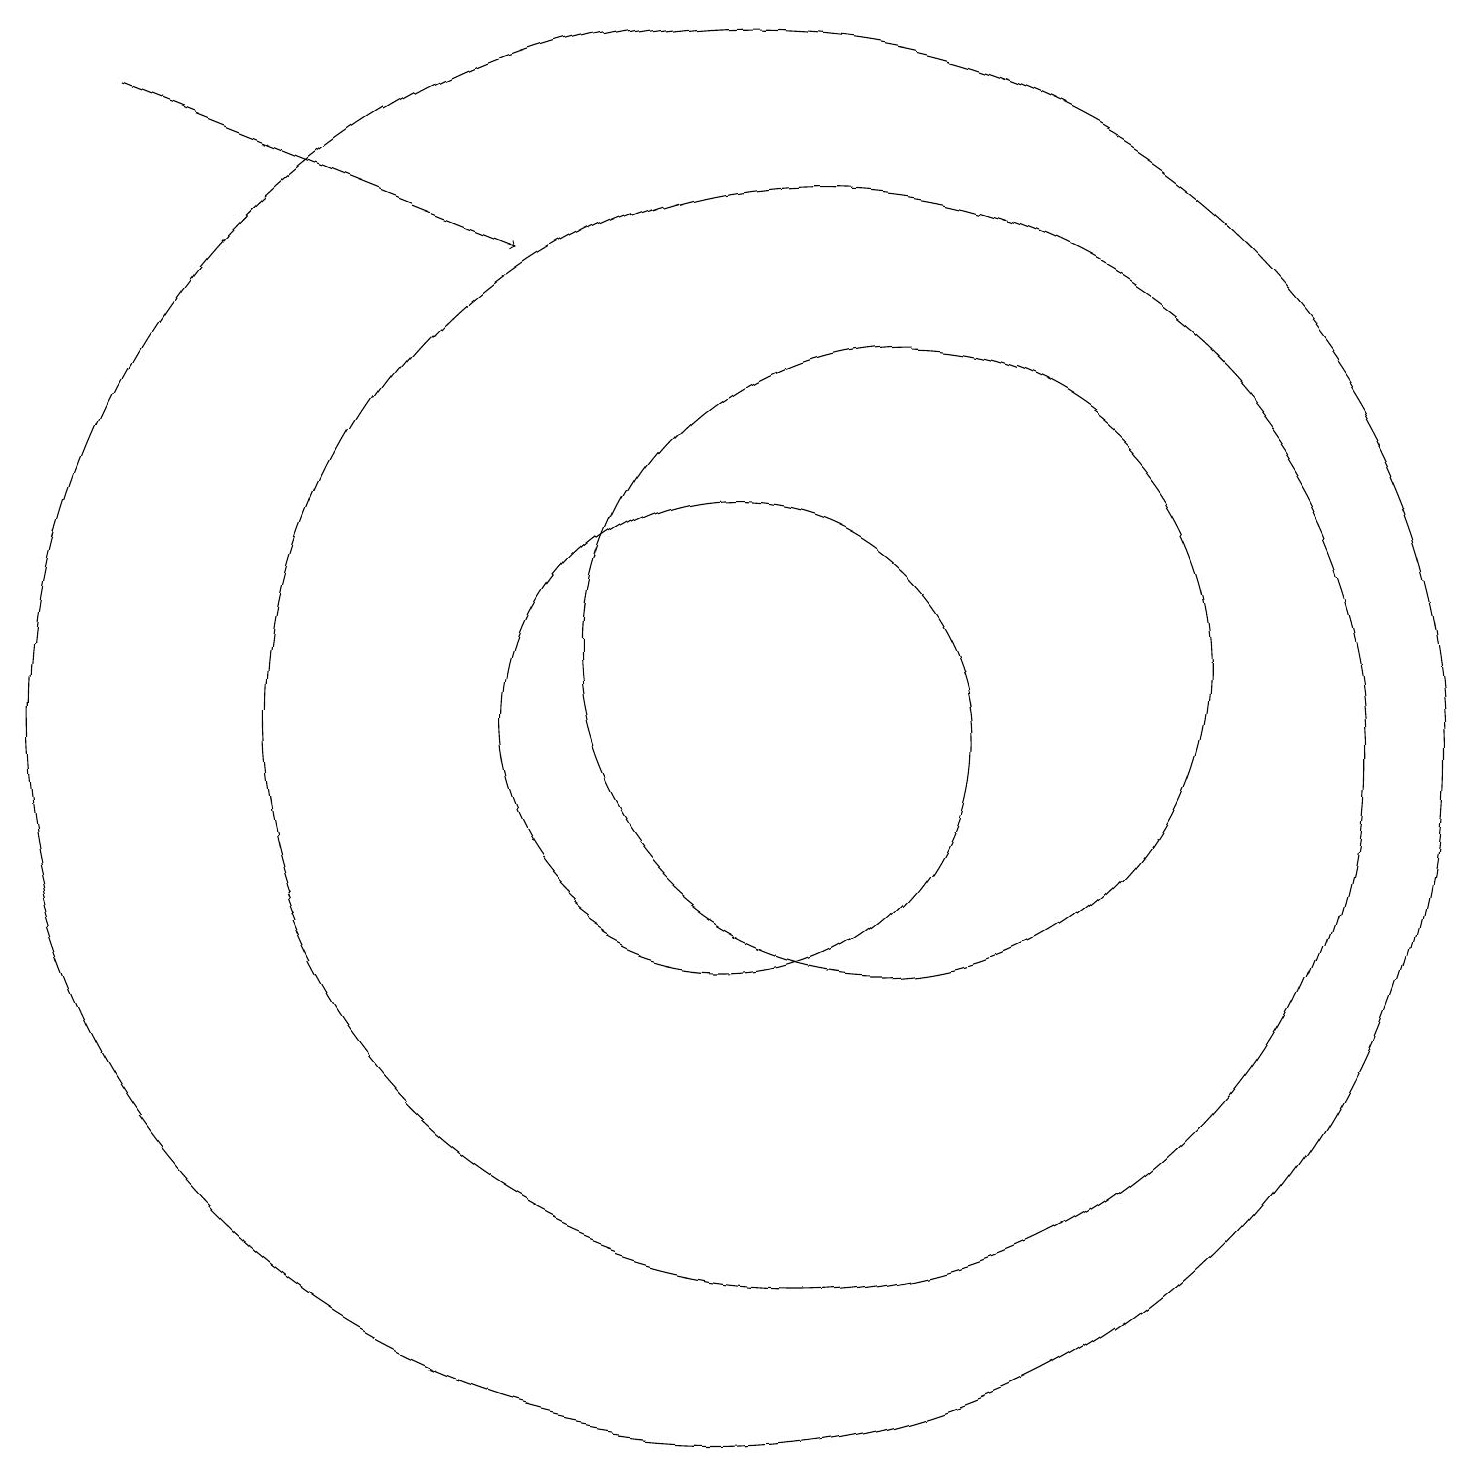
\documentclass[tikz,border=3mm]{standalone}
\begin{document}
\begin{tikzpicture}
\draw (10,10) circle (3);
\draw[->] (2,18) -- (7,16);
\draw (12,11) circle (4);
\draw (11,10) circle (7);
\draw (12,11) circle (0);
\draw (10,10) circle (9);
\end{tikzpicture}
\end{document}